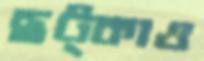
ছট্‌কাও